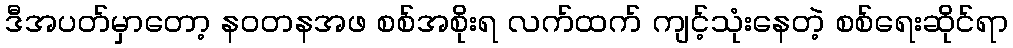
ဒီအပတ်မှာတော့ နဝတနအဖ စစ်အစိုးရ လက်ထက် ကျင့်သုံးနေတဲ့ စစ်ရေးဆိုင်ရာ